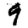
Digit: 9